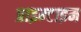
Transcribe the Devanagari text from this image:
प्राइम्टाइम